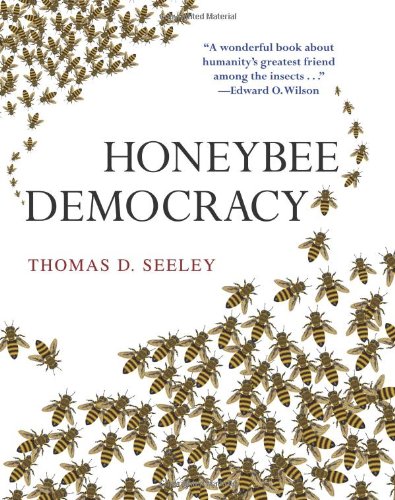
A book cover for Honeybee Democracy; Thomas D. Seeley; Science & Math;